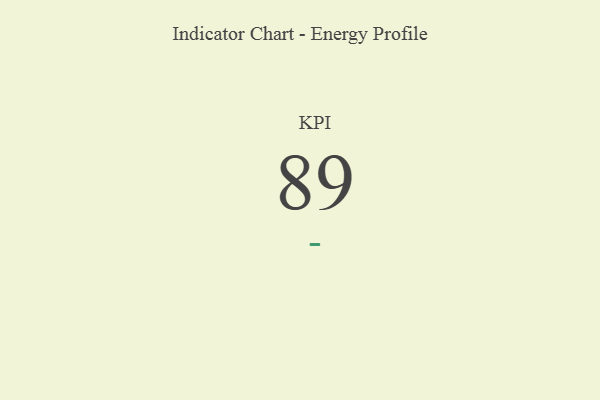
{"axis": {"x": "KPI", "y": "Value"}, "legend": [""], "data": [{"x": "KPI", "y": 89, "type": ""}]}